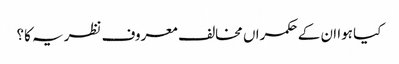
کیا ہوا ان کے حکمراں مخالف معروف نظریہ کا؟